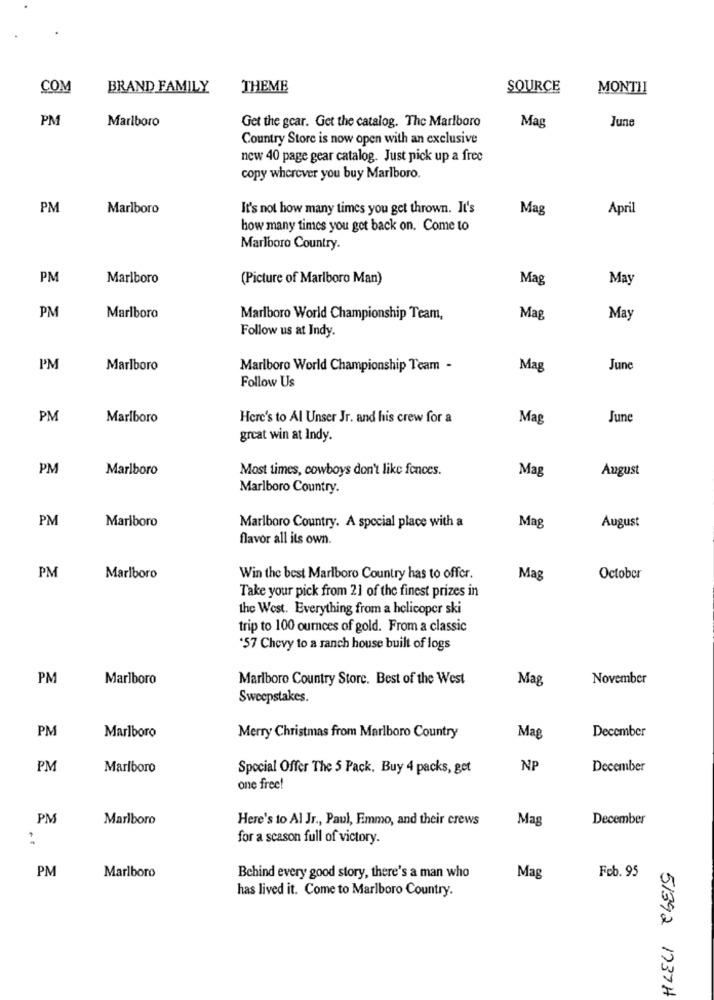
COM
BRAND FAMILY
THEME
SOURCE
MONTII
PM
Marlboro
Mag
June
Get the gcar. Get the catalog. The Marlboro
Country Store is now open with an exclusive
new 40 page gear catalog. Just pick up a free
copy wherever you buy Marlboro.
PM
Marlboro
It's not how many times you get thrown. It's
Mag
April
how many times you get back on. Come to
Marlboro Country.
PM
Marlboro
(Picture of Marlboro Man)
Mag
May
PM
Marlboro
Marlboro World Championship Team,
Mag
May
Follow us at Indy.
PM
Marlboro
Marlboro World Championship Team -
Mag
June
Follow Us
PM
Marlboro
Here's to Al Unser Jr. and his crew for a
Mag
June
great win at Indy.
PM
Marlboro
Most times, cowboys don't like fences.
Mag
August
Marlboro Country.
PM
Marlboro
Marlboro Country. A special place with a
Mag
August
flavor all its own.
PM
Marlboro
Win the best Marlboro Country has to offer.
Mag
October
Take your pick from 21 of the finest prizes in
the West. Everything from a helicoper ski
trip to 100 ournces of gold. From a classic
'57 Chevy to a ranch house built of logs
PM
Marlboro
Marlboro Country Store. Best of the West
Mag
November
Sweepstakes.
PM
Marlboro
Merry Christmas from Marlboro Country
Mag
December
PM
Marlboro
Special Offer The 5 Pack. Buy 4 packs, get
NE
December
one free!
PM
Marlboro
Here's to Al Jr ., Paul, Emmo, and their crews
Mag
December
for a scason full of victory.
PM
Marlboro
Behind every good story, there's a man who
Mag
Feb. 95
has lived it. Come to Marlboro Country.
51392 1737H